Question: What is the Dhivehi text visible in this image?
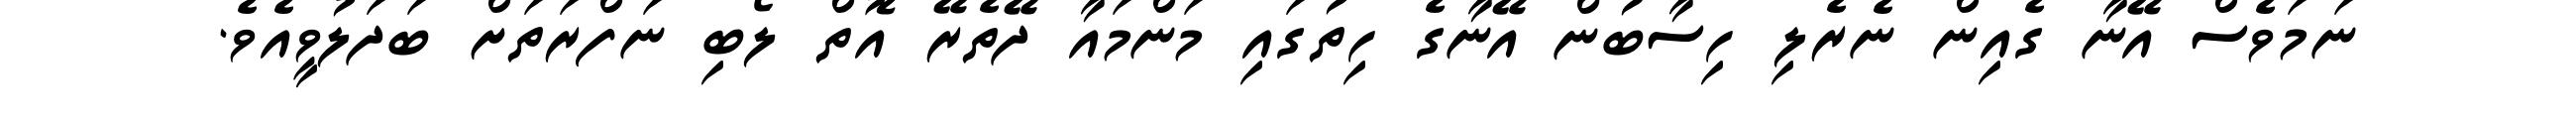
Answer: ނަމަވެސް އޭނާ ގެއިން ނެރެލި ހިސާބުން އޭނާގެ ހިތުގައި މަންމައާ ދޭތެރޭ އޮތް ލޯބި ނަފްރަތަށް ބަދަލުވީއެވެ.